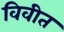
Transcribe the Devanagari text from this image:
विवीत